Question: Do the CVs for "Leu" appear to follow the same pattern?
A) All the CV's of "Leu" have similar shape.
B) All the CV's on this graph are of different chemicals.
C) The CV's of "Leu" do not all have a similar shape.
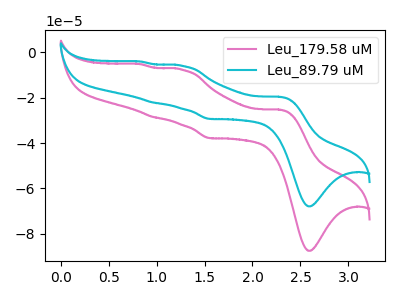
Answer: <think>The pink curve "Leu_179.58 uM" has anodic peaks at (2.30V, -25.30uA) (1.25V, -7.65uA) (0.95V, -28.55uA) (0.85V, -5.20uA) and cathodic peaks at (2.60V, -87.55uA) (1.55V, -37.85uA). The cyan curve "Leu_89.79 uM" has anodic peaks at (2.30V, -19.65uA) (1.25V, -5.95uA) (0.95V, -22.15uA) (0.85V, -4.05uA) and cathodic peaks at (2.60V, -67.90uA) (1.55V, -29.35uA).
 All the peaks in "Leu_179.58 uM" have a peak in "Leu_89.79 uM" at the same potential.</think>
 <answer>A) All the CV's of "Leu" have similar shape.</answer>
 <eval>A</eval>